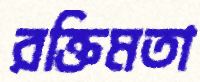
রক্তিমতা